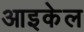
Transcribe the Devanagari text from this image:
आइकेल